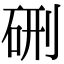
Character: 硎